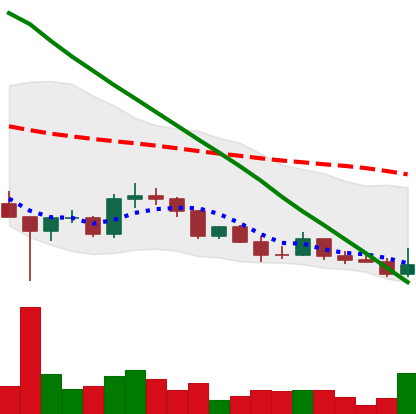
Ticker: DOGE-USD
Chart end date: 2022-03-14
Forward return: 8.348%
Label: up_7plus